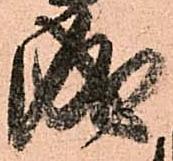
成